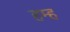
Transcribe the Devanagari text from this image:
हम्ह